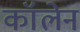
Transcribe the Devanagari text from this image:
कॉलेन